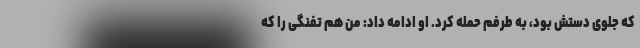
که جلوی دستش بود، به طرفم حمله کرد. او ادامه داد: من هم تفنگی را که